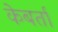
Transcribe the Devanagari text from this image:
केबर्ता